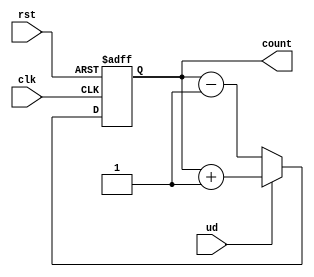
module up_down_counter (
    input wire clk,          // Clock input
    input wire rst,          // Asynchronous reset
    input wire ud,           // Up/Down control signal (1 for up, 0 for down)
    output reg [N-1:0] count // N-bit counter output
);
    parameter N = 4; // Define the width of the counter (4 bits in this case)

    always @(posedge clk or posedge rst) begin
        if (rst) begin
            // Asynchronous reset
            count <= 0; // Reset counter to 0
        end else begin
            // Counting logic based on the UD signal
            if (ud) begin
                // Count Up
                count <= count + 1;
            end else begin
                // Count Down
                count <= count - 1;
            end
        end
    end
endmodule